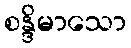
စန္ဒိမာသော